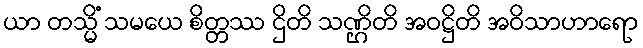
ယာ တသ္မိံ သမယေ စိတ္တဿ ဌိတိ သဏ္ဌိတိ အဝဋ္ဌိတိ အဝိသာဟာရော